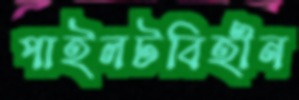
পাইলটবিহীন